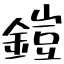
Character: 鎧